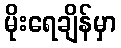
မိုးရေချိန်မှာ